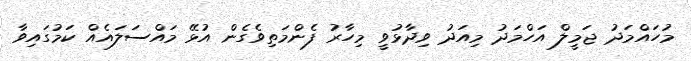
މުހައްމަދު ޖަމީލް އަހްމަދު މިއަދު ވިދާޅުވީ މިހާރު ފެންމަތިވެގެން އުޅޭ މައްސަލައެއް ކަމުގައިވާ